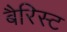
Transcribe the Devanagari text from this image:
बैरिस्ट